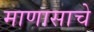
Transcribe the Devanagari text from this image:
माणासाचे